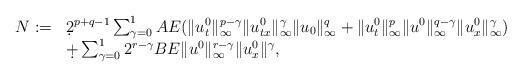
LaTeX: \begin{align*}\begin{array}{ll}N:=&\d2^{p+q-1}\sum_{\gamma=0}^1AE(\|u_t^0\|_\infty^{p-\gamma}\|u_{tx}^0\|_\infty^\gamma\|u_0\|_\infty^q+\|u_t^0\|_\infty^p\|u^0\|_\infty^{q-\gamma}\|u_x^0\|_\infty^\gamma)\\&\d+\sum_{\gamma=0}^12^{r-\gamma}BE\|u^0\|_\infty^{r-\gamma}\|u_x^0\|^\gamma,\end{array}\end{align*}